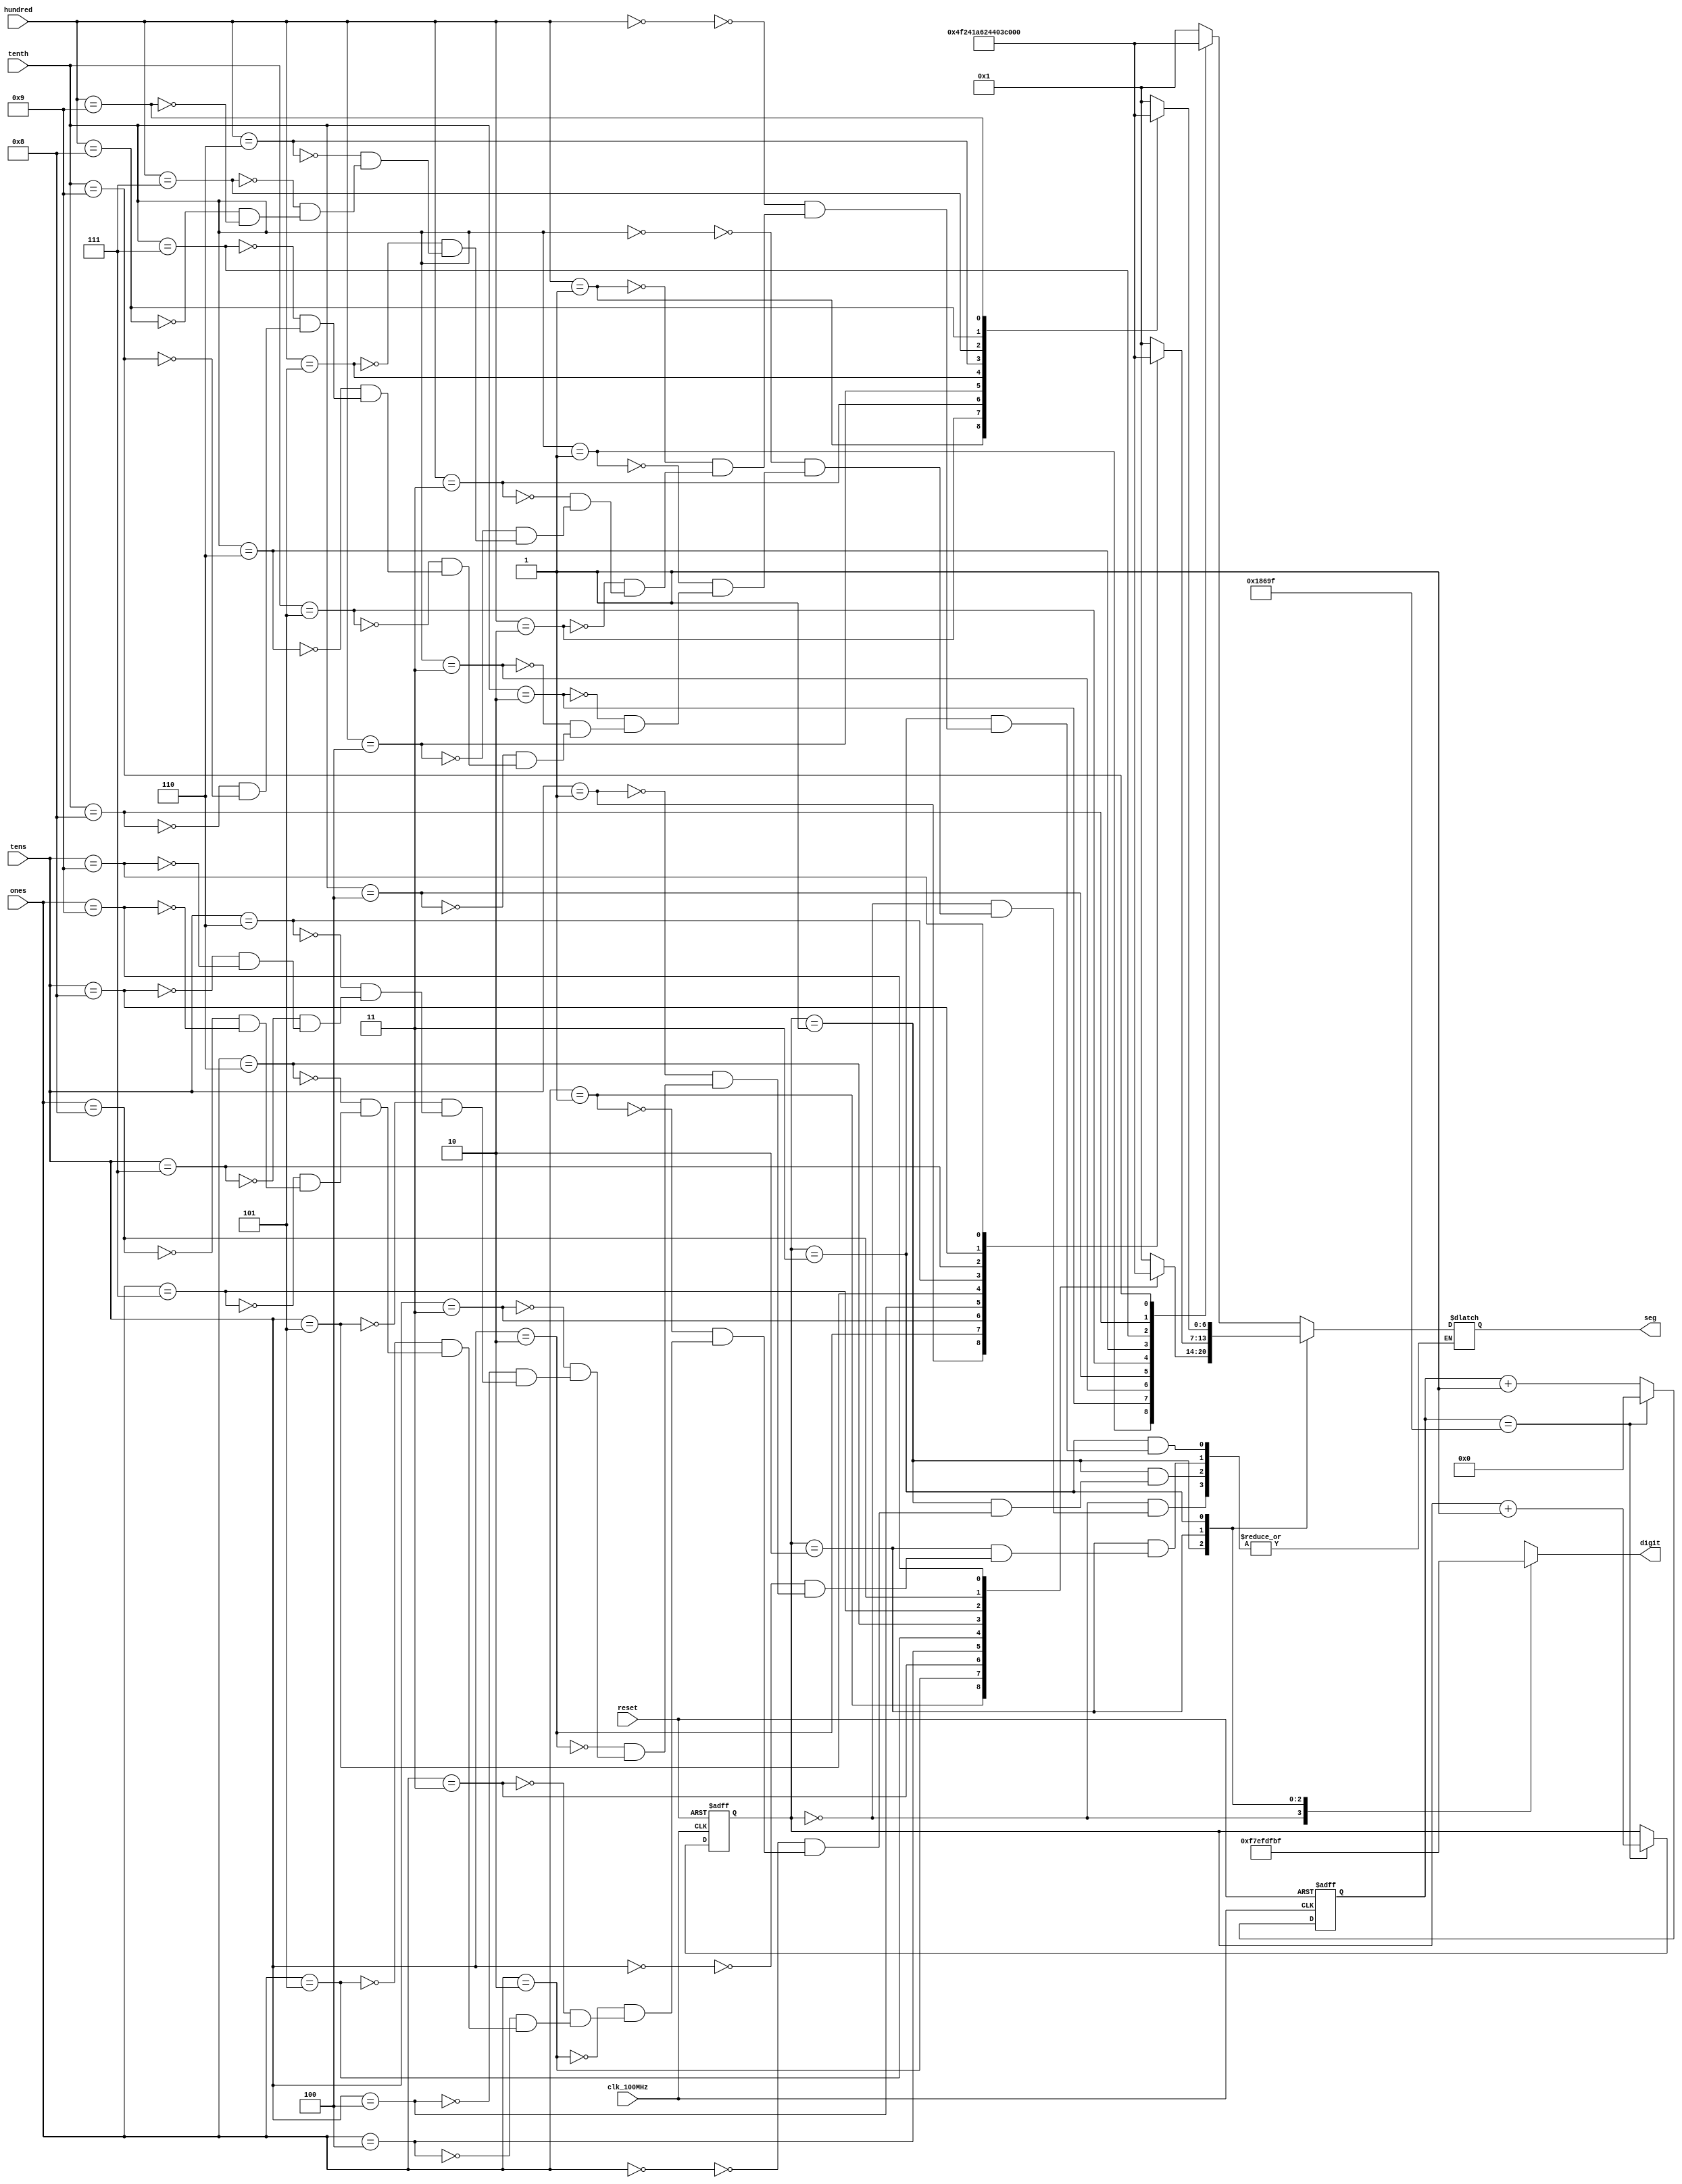
`timescale 1ns / 1ps
//////////////////////////////////////////////////////////////////////////////////
// Company: 
// Engineer: 
// 
// Design Name: 
// Module Name: seg7_control
// Project Name: 
// Target Devices: 
// Tool Versions: 
// Description: 
// 
// Dependencies: 
// 
// Revision:
// Revision 0.01 - File Created
// Additional Comments:
// 
//////////////////////////////////////////////////////////////////////////////////


module seg7_control( 
    input clk_100MHz,
    input reset,
    input [3:0] tenth,
    input [3:0] ones,
    input[3:0] tens,
    input [3:0] hundred,
    output reg [6:0] seg, //Display segments control
    output reg [7:0] digit // Register to turn on the 8 anodes

    );
    
    //Storing 7 bit segment value into high level parameter
    parameter ZERO = 7'b000_0001; //1
    parameter ONE = 7'b100_1111; //2
    parameter TWO = 7'b001_0010; //3
    parameter THREE = 7'b000_0110; //4
    parameter FOUR = 7'b100_1100; //5
    parameter FIVE = 7'b010_0100; //6
    parameter SIX = 7'b010_0000; //7
    parameter SEVEN = 7'b000_1111; //8
    parameter EIGHT = 7'b000_0000; //0
    parameter NINE = 7'b000_0100; //9
    
    // To select each digit in turn
    reg[1:0] digit_select; //We have have 4 displays, thus we need 4 states
    reg[16:0] digit_timer; //counter for digit refresh
    
    //logic for controlling digit select and timer
    always @(posedge clk_100MHz or posedge reset) begin
    
        if(reset) begin
            digit_select<=0;
            digit_timer<=0;
        end
        
        else begin
            
            if(digit_timer==99_999) begin //Creates our refresh rate between digits
                digit_timer<=0;
                digit_select <=digit_select +1;
            
            end
            
            else begin
                digit_timer <= digit_timer +1;
            end
        end
    end
    
    
    always @(digit_select) begin
        case(digit_select)
            2'b00: digit = 8'b1111_0111; //Turn on tenth digit
            2'b01: digit = 8'b1110_1111; //Turn on ones digit
            2'b10: digit = 8'b1101_1111; //Turn on tens digit
            2'b11: digit = 8'b1011_1111; //Turn on hundred digit
            
        endcase
    
    end
    
    always @*
        case(digit_select) // switches between our different digits and stores their segmentation value
                     
          2'b00 : begin //Tenth digit
                        case(tenth)
                            4'b0000: seg = ZERO;
                            4'b0001: seg = ONE;
                            4'b0010: seg = TWO;
                            4'b0011: seg = THREE;
                            4'b0100: seg = FOUR;
                            4'b0101: seg = FIVE;
                            4'b0110: seg = SIX;
                            4'b0111: seg = SEVEN;
                            4'b1000: seg = EIGHT;
                            4'b1001: seg = NINE;
                        endcase   
                     end           
                     
       2'b01 : begin //ones digit
                        case(ones)
                            4'b0000: seg = ZERO;
                            4'b0001: seg = ONE;
                            4'b0010: seg = TWO;
                            4'b0011: seg = THREE;
                            4'b0100: seg = FOUR;
                            4'b0101: seg = FIVE;
                            4'b0110: seg = SIX;
                            4'b0111: seg = SEVEN;
                            4'b1000: seg = EIGHT;
                            4'b1001: seg = NINE;
                        endcase   
                     end    
                     
                     
       2'b10 : begin //tens digit
                        case(tens)
                            4'b0000: seg = ZERO;
                            4'b0001: seg = ONE;
                            4'b0010: seg = TWO;
                            4'b0011: seg = THREE;
                            4'b0100: seg = FOUR;
                            4'b0101: seg = FIVE;
                            4'b0110: seg = SIX;
                            4'b0111: seg = SEVEN;
                            4'b1000: seg = EIGHT;
                            4'b1001: seg = NINE;
                        endcase   
                     end 
                     
                     
       2'b11 : begin //Hundred digit
                        case(hundred)
                            4'b0000: seg = ZERO;
                            4'b0001: seg = ONE;
                            4'b0010: seg = TWO;
                            4'b0011: seg = THREE;
                            4'b0100: seg = FOUR;
                            4'b0101: seg = FIVE;
                            4'b0110: seg = SIX;
                            4'b0111: seg = SEVEN;
                            4'b1000: seg = EIGHT;
                            4'b1001: seg = NINE;
                        endcase   
                     end                                     
   endcase     
endmodule